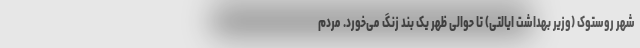
شهر روستوک (وزیر بهداشت ایالتی) تا حوالی ظهر یک بند زنگ می‌خورد. مردم